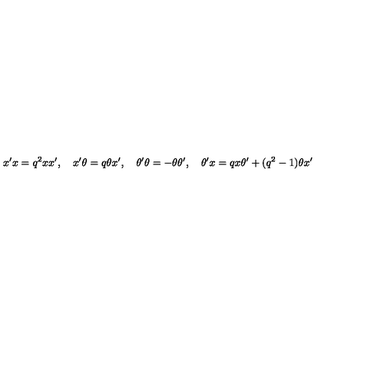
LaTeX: x ^ { \prime } x = q ^ { 2 } x x ^ { \prime } , \quad x ^ { \prime } \theta = q \theta x ^ { \prime } , \quad \theta ^ { \prime } \theta = - \theta \theta ^ { \prime } , \quad \theta ^ { \prime } x = q x \theta ^ { \prime } + ( q ^ { 2 } - 1 ) \theta x ^ { \prime }